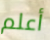
أعلم